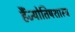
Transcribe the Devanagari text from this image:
हैंज्योतिषशास्त्र